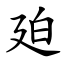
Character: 廹